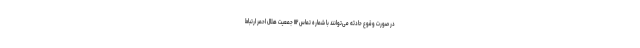
در صورت وقوع حادثه می‌توانند با شماره تماس ۱۱۲ جمعیت هلال احمر ارتباط